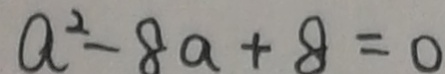
a ^ { 2 } - 8 a + 8 = 0